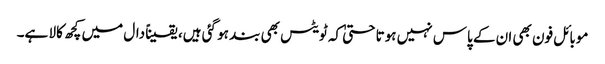
موبائل فون بھی ان کے پاس نہیں ہوتا حتیٰ کہ ٹویٹس بھی بند ہو گئی ہیں، یقیناً دال میں کچھ کالا ہے۔